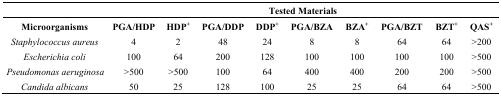
<table><thead><tr><td></td><td colspan="9"><b>Tested Materials</b></td></tr></thead><tbody><tr><td><b>Microorganisms</b></td><td><b>PGA/HDP</b></td><td><b>HDP<sup>+</sup></b></td><td><b>PGA/DDP</b></td><td><b>DDP<sup>+</sup></b></td><td><b>PGA/BZA</b></td><td><b>BZA<sup>+</sup></b></td><td><b>PGA/BZT</b></td><td><b>BZT<sup>+</sup></b></td><td><b>QAS<sup>+</sup></b></td></tr><tr><td><i>Staphylococcus aureus</i></td><td>4</td><td>2</td><td>48</td><td>24</td><td>8</td><td>8</td><td>64</td><td>64</td><td>&gt;200</td></tr><tr><td><i>Escherichia coli</i></td><td>100</td><td>64</td><td>200</td><td>128</td><td>100</td><td>100</td><td>100</td><td>100</td><td>&gt;500</td></tr><tr><td><i>Pseudomonas aeruginosa</i></td><td>&gt;500</td><td>&gt;500</td><td>100</td><td>64</td><td>400</td><td>400</td><td>200</td><td>200</td><td>&gt;500</td></tr><tr><td><i>Candida albicans</i></td><td>50</td><td>25</td><td>128</td><td>100</td><td>25</td><td>25</td><td>64</td><td>64</td><td>&gt;500</td></tr></tbody></table>